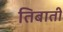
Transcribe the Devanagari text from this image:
तिबाती